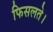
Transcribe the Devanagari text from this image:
फिसलते।